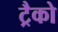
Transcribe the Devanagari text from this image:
ट्रैको